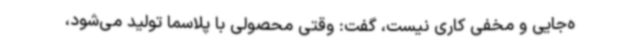
ه‌جایی و مخفی کاری نیست، گفت: وقتی محصولی با پلاسما تولید می‌شود،